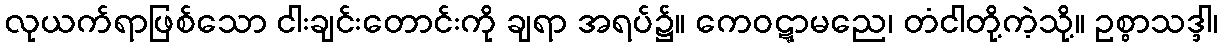
လုယက်ရာဖြစ်သော ငါးချင်းတောင်းကို ချရာ အရပ်၌။ ကေဝဋ္ဋာမညေ၊ တံငါတို့ကဲ့သို့။ ဥစ္စာသဒ္ဒါ၊